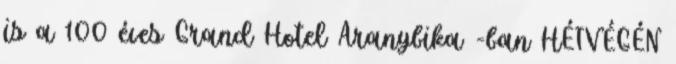
is a 100 éves Grand Hotel Aranybika -ban HÉTVÉGÉN